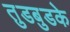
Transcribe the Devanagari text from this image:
तुडबुडके